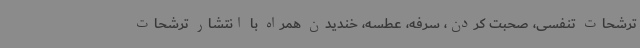
ترشحات تنفسی، صحبت کردن، سرفه، عطسه، خندیدن همراه با انتشار ترشحات